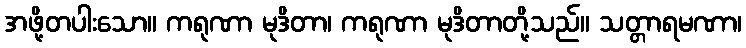
အဖို့တပါးသော။ ကရုဏာ မုဒိတာ၊ ကရုဏာ မုဒိတာတို့သည်။ သတ္တာရမဏာ၊